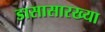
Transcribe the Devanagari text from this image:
डासासारख्या